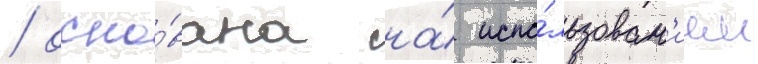
/ осно́вана на́ испо́льзован'ием